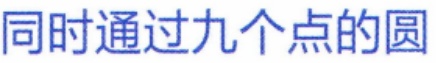
同时通过九个点的圆